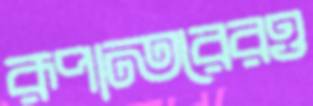
রূপান্তরেরও